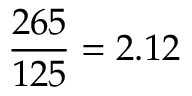
\frac { 2 6 5 } { 1 2 5 } = 2 . 1 2